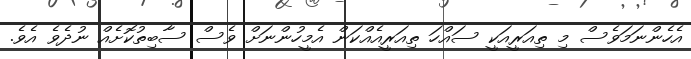
އެހެންނަމަވެސް މި ތިއަރީއަކީ ސައްހަ ތިއަރީއެއްކަން އެމީހުންނަށް ވެސް ސާބިތުކޮށެއް ނުދެވެ އެވެ.